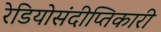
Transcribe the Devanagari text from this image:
रेडियोसंदीप्तिकारी